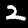
Digit: 2